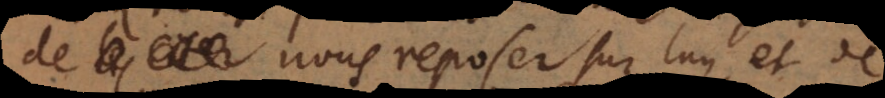
de nous reposer sur luy, et de